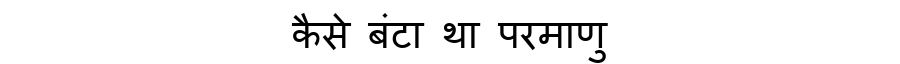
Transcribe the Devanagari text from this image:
कैसे बंटा था परमाणु